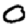
Digit: 0